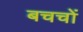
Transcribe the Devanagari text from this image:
बचचों